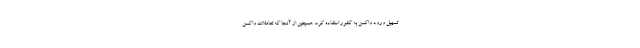
تسهیل ورود واکسن به کشور استفاده کرد. همچنین از آنجا که تعاملات واکسن